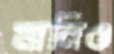
মানিও